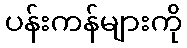
ပန်းကန်များကို